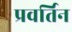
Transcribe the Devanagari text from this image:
प्रवर्तिन